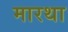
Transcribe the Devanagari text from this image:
मारथा